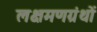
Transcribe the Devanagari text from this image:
लक्षमणग्रंथों